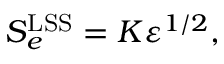
S _ { e } ^ { \mathrm { L S S } } = K \varepsilon ^ { 1 / 2 } ,